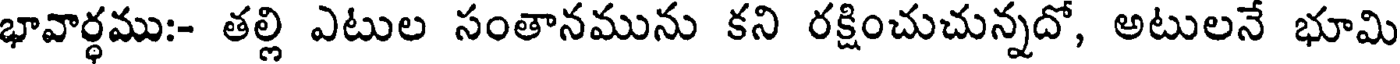
భావార్థము:- తల్లి ఎటుల సంతానమును కని రక్షించుచున్నదో, అటులనే భూమి